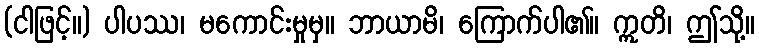
(ငါဖြင့်။) ပါပဿ၊ မကောင်းမှုမှ။ ဘာယာမိ၊ ကြောက်ပါ၏။ ဣတိ၊ ဤသို့။